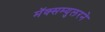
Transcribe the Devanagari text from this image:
मॅक्सम्युलरने